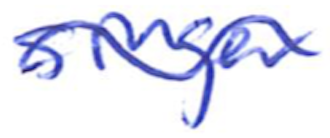
Text: singer
Cross-out: mix
Writing tool: ballpoint